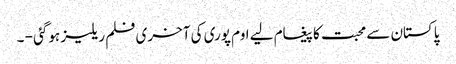
پاکستان سے محبت کا پیغام لیے اوم پوری کی آخری فلم ریلیز ہوگئی - ۔